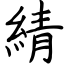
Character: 綪